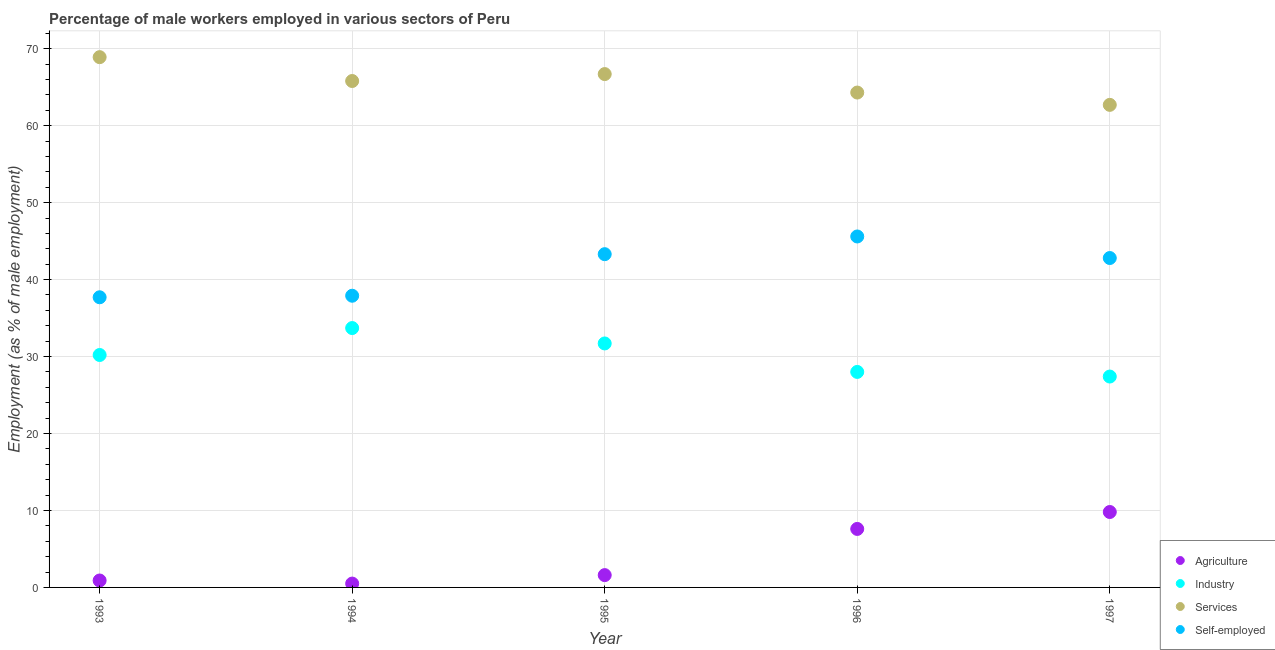
| Year | Agriculture | Industry | Services | Self-employed |
 | --- | --- | --- | --- | --- |
 | 1993 | 0.9 | 30.2 | 68.9 | 37.7 |
 | 1994 | 0.5 | 33.7 | 65.8 | 37.9 |
 | 1995 | 1.6 | 31.7 | 66.7 | 43.3 |
 | 1996 | 7.6 | 28 | 64.3 | 45.6 |
 | 1997 | 9.8 | 27.4 | 62.7 | 42.8 |